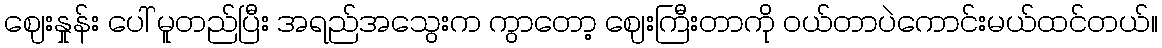
ဈေးနှုန်း ပေါ် မူတည်ပြီး အရည်အသွေးက ကွာတော့ ဈေးကြီးတာကို ဝယ်တာပဲကောင်းမယ်ထင်တယ်။